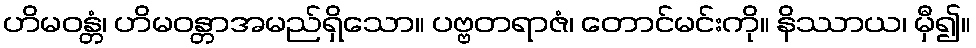
ဟိမဝန္တံ၊ ဟိမဝန္တာအမည်ရှိသော။ ပဗ္ဗတရာဇံ၊ တောင်မင်းကို။ နိဿာယ၊ မှီ၍။